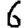
Digit: 6